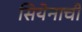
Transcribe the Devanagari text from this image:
सियेनाची